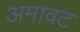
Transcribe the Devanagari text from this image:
अमावट